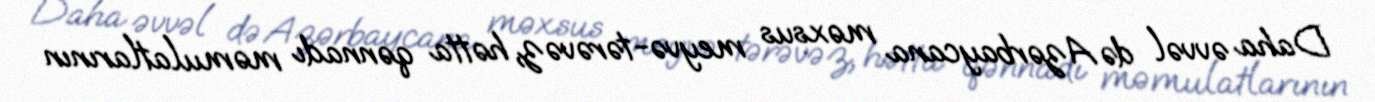
Daha əvvəl də Azərbaycana məxsus meyvə-tərəvəz, hətta qənnadı məmulatlarının